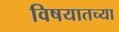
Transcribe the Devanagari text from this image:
विषयातच्या